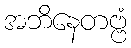
အဘိနေတဗ္ဗံ